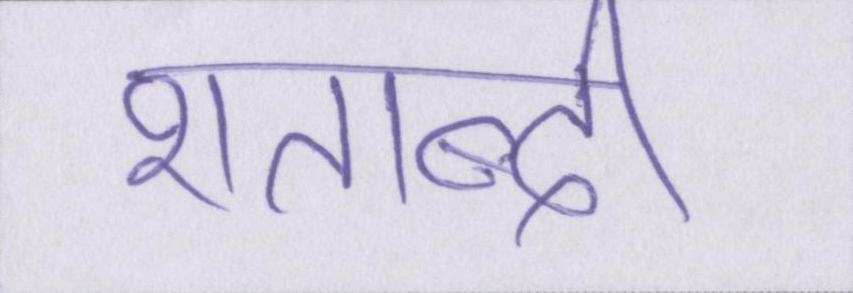
शताब्दी